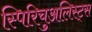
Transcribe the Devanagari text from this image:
स्पिरिचुअलिस्ट्स